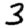
Digit: 3